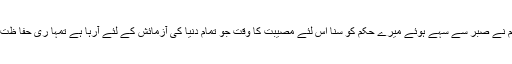
کیوں کہ تم نے صبر سے سہے ہوئے میرے حکم کو سنا اس لئے مصیبت کا وقت جو تمام دنیا کی آزمائش کے لئے آرہا ہے تمہا ری حفا ظت کروں گا۔